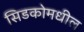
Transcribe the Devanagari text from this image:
सिडकोमधील